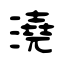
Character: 澆